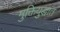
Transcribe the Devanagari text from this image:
मुक्तियुद्धात